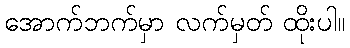
အောက်ဘက်မှာ လက်မှတ် ထိုးပါ။